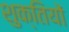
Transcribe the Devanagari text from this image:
शुक्तियों